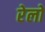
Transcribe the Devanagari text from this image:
रेलो